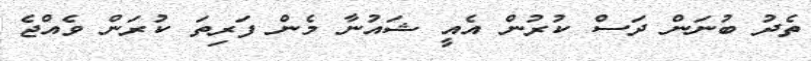
ތެދު ބުނަން ދަސް ކުރުން އެއީ ޝައުނާ މެން ފަރިތަ ކުރަން ވެއްޖެ